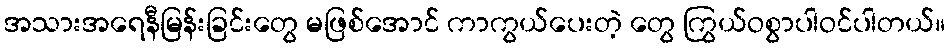
အသားအရေနီမြန်းခြင်းတွေ မဖြစ်အောင် ကာကွယ်ပေးတဲ့ တွေ ကြွယ်ဝစွာပါဝင်ပါတယ်။